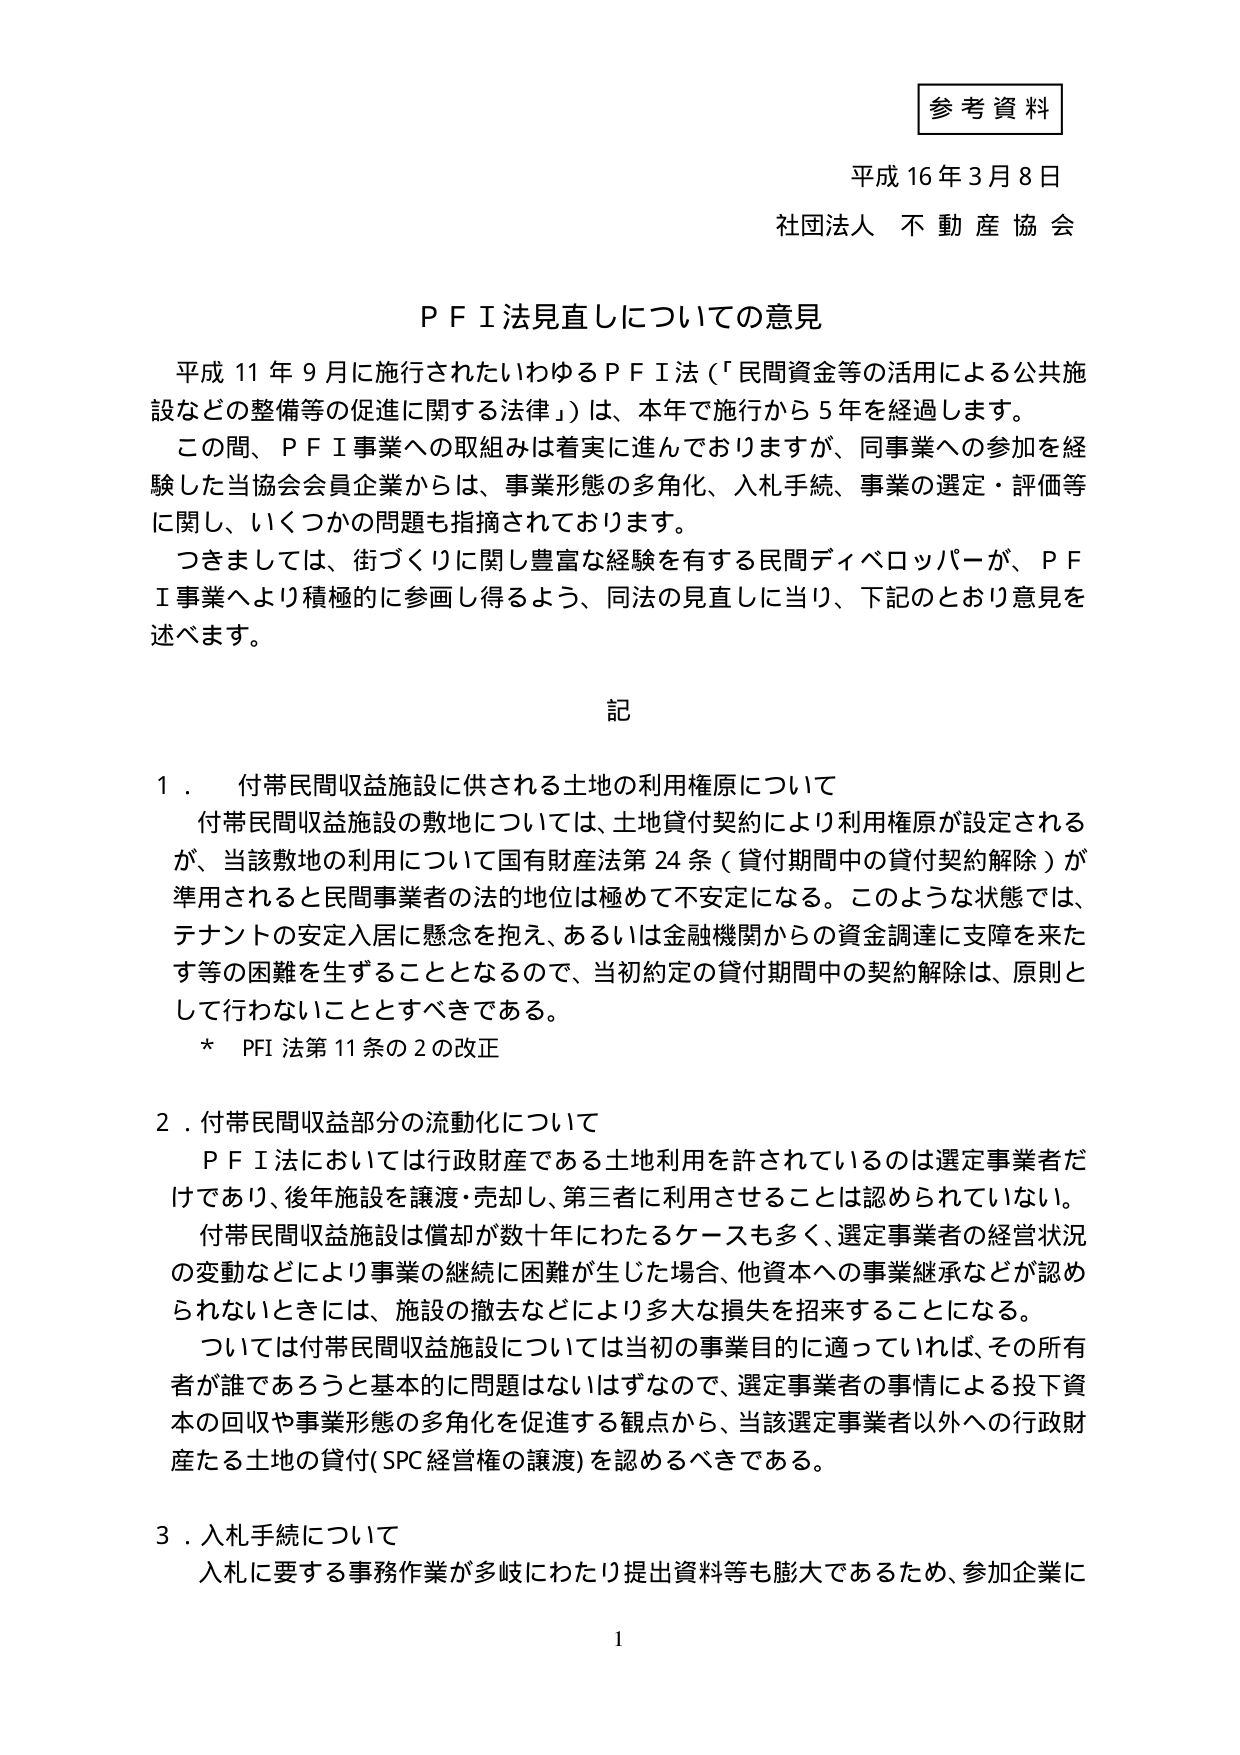
参考資料
平成16年3月8日
社団法人 不動産協会

ＰＦＩ法見直しについての意見

平成11年9月に施行されたいわゆるＰＦＩ法（「民間資金等の活用による公共施設などの整備等の促進に関する法律」）は、本年で施行から5年を経過します。
この間、ＰＦＩ事業への取組みは着実に進んでおりますが、同事業への参加を経験した当協会会員企業からは、事業形態の多角化、入札手続、事業の選定・評価等に関し、いくつかの問題も指摘されております。
つきましては、街づくりに関し豊富な経験を有する民間ディベロッパーが、ＰＦＩ事業へより積極的に参画し得るよう、同法の見直しに当り、下記のとおり意見を述べます。

記

１．付帯民間収益施設に供される土地の利用権原について
　付帯民間収益施設の敷地については、土地貸付契約により利用権原が設定されるが、当該敷地の利用について国有財産法第24条（貸付期間中の貸付契約解除）が準用されると民間事業者の法的地位は極めて不安定になる。このような状態では、テナントの安定入居に懸念を抱え、あるいは金融機関からの資金調達に支障を来たす等の困難を生ずることとなるので、当初約定の貸付期間中の契約解除は、原則として行わないこととすべきである。
　＊　PFI法第11条の2の改正

２．付帯民間収益部分の流動化について
　ＰＦＩ法においては行政財産である土地利用を許されているのは選定事業者だけであり、後年施設を譲渡・売却し、第三者に利用させることは認められていない。
　付帯民間収益施設は償却が数十年にわたるケースも多く、選定事業者の経営状況の変動などにより事業の継続に困難が生じた場合、他資本への事業継承などが認められないときには、施設の撤去などにより多大な損失を招来することになる。
　ついては付帯民間収益施設については当初の事業目的に適っていれば、その所有者が誰であろうと基本的に問題はないはずなので、選定事業者の事情による投下資本の回収や事業形態の多角化を促進する観点から、当該選定事業者以外への行政財産たる土地の貸付（SPC経営権の譲渡）を認めるべきである。

３．入札手続について
　入札に要する事務作業が多岐にわたり提出資料等も膨大であるため、参加企業に

1